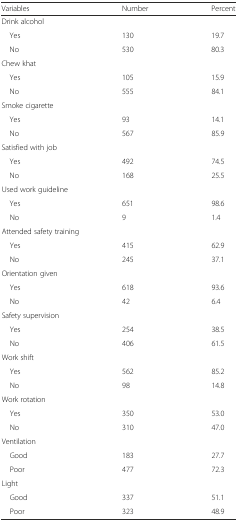
| Variables | Number | Percent |
 | --- | --- | --- |
 | <COLSPAN=3> Drink alcohol |
 | Yes | 130 | 19.7 |
 | No | 530 | 80.3 |
 | <COLSPAN=3> Chew khat |
 | Yes | 105 | 15.9 |
 | No | 555 | 84.1 |
 | <COLSPAN=3> Smoke cigarette |
 | Yes | 93 | 14.1 |
 | No | 567 | 85.9 |
 | <COLSPAN=3> Satisfied with job |
 | Yes | 492 | 74.5 |
 | No | 168 | 25.5 |
 | <COLSPAN=3> Used work guideline |
 | Yes | 651 | 98.6 |
 | No | 9 | 1.4 |
 | <COLSPAN=3> Attended safety training |
 | Yes | 415 | 62.9 |
 | No | 245 | 37.1 |
 | <COLSPAN=3> Orientation given |
 | Yes | 618 | 93.6 |
 | No | 42 | 6.4 |
 | Safety supervision |  |  |
 | Yes | 254 | 38.5 |
 | No | 406 | 61.5 |
 | <COLSPAN=3> Work shift |
 | Yes | 562 | 85.2 |
 | No | 98 | 14.8 |
 | <COLSPAN=3> Work rotation |
 | Yes | 350 | 53.0 |
 | No | 310 | 47.0 |
 | <COLSPAN=3> Ventilation |
 | Good | 183 | 27.7 |
 | Poor | 477 | 72.3 |
 | <COLSPAN=3> Light |
 | Good | 337 | 51.1 |
 | Poor | 323 | 48.9 |